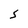
Character: S